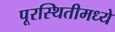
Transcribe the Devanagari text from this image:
पूरस्थितीमध्ये